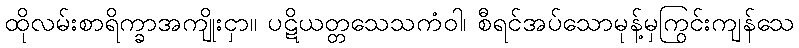
ထိုလမ်းစာရိက္ခာအကျိုးငှာ။ ပဋိယတ္တသေသကံဝါ၊ စီရင်အပ်သောမုန့်မှကြွင်းကျန်သေ